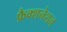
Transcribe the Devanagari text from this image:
फ्रैक्शनेशन